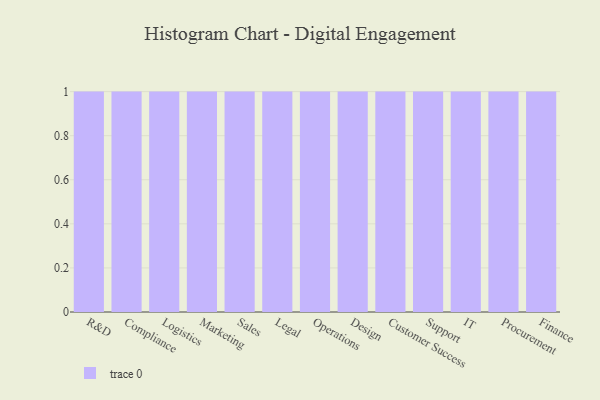
{"axis": {"x": "Department", "y": "Page Views"}, "legend": [""], "data": [{"x": "R&D", "y": 2, "type": ""}, {"x": "Compliance", "y": 72, "type": ""}, {"x": "Logistics", "y": 78, "type": ""}, {"x": "Marketing", "y": 9, "type": ""}, {"x": "Sales", "y": 61, "type": ""}, {"x": "Legal", "y": 33, "type": ""}, {"x": "Operations", "y": 37, "type": ""}, {"x": "Design", "y": 74, "type": ""}, {"x": "Customer Success", "y": 50, "type": ""}, {"x": "Support", "y": 10, "type": ""}, {"x": "IT", "y": 18, "type": ""}, {"x": "Procurement", "y": 60, "type": ""}, {"x": "Finance", "y": 49, "type": ""}]}